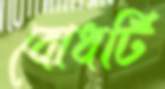
বোধটি